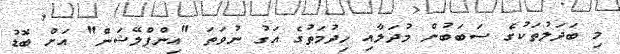
މި ބަދަލުތަކުގެ ސަބަބުން މުދަލާއި ހިދުމަތުގެ އަގު ނުވަތަ "އިންފްލޭޝަން" އަށް ބޮޑު